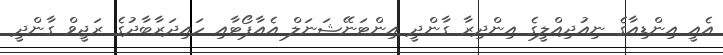
އެއީ އިންޑިއާގެ ނިއުދިއްލީގެ އިންދިރާ ގާންދީ އިންޓަނޭޝަނަލް އެއާޕޯޓާއި ހައިދަރާބާދުގެ ރަޖީވް ގާންދީ